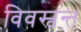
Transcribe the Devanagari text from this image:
विवस्वन्त